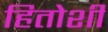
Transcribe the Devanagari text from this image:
हितोशी